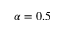
\alpha = 0 . 5